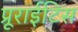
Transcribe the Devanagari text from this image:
प्रूराईटिस